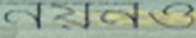
নয়নও